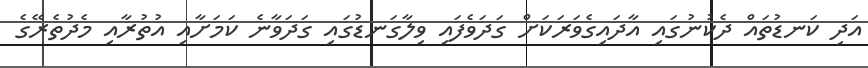
އަދި ކަނޑުތައް ދެކުނުގައި އާދައިގެވަރަކަށް ގަދަވެފައި ވިލާގަނޑުގައި ގަދަވާނެ ކަމަށާއި އުތުރާއި މެދުތެރޭގެ